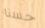
حسنا